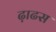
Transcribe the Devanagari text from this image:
ढ़ाढस